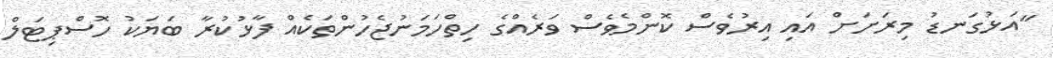
"އަޅުގަނޑު މިރަށަށް އައި އިރުވެސް ކޮންމެވެސް ވަރެއްގެ ހިތްހަމަނުޖެހުންތަކެއް ފާޅުކުރާ ބަޔަކު ހޮސްޕިޓަލް